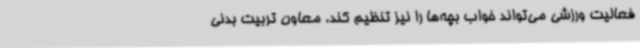
فعالیت ورزشی می‌تواند خواب بچه‌ها را نیز تنظیم کند. معاون تربیت بدنی